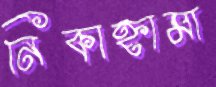
নিকাহ্নামা